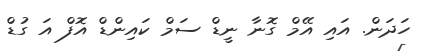
ހަދަން. އައި އޭމް ގޮނާ ނީޑް ސަމް ކައިންޑް އޮފް އަ ގުޑް